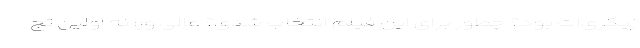
زیگری‌ات بود؟ چطور برای این فیلم انتخاب شدی؟ عالی ور: نه اولین تج